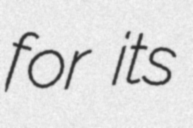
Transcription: for its